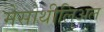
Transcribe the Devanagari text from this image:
मेसोथीलिअल